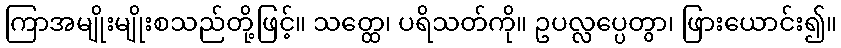
ကြာအမျိုးမျိုးစသည်တို့ဖြင့်။ သတ္ထေ၊ ပရိသတ်ကို။ ဥပလ္လပ္ပေတွာ၊ ဖြားယောင်း၍။